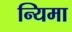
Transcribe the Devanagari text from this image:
न्यिमा